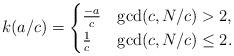
LaTeX: \begin{align*}k(a/c) = \begin{cases}\frac{-a}{c} & \gcd(c, N/c) >2, \\\frac{1}{c} & \gcd(c, N/c)\leq 2.\end{cases}\end{align*}